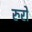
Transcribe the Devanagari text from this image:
रुरो